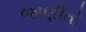
જાણીતો